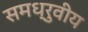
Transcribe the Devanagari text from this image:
समध्रुवीय